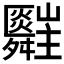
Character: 𦨄